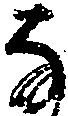
な